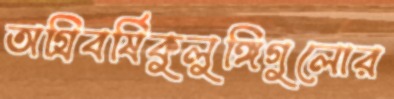
অগ্রিবর্ষিকুলুঙ্গিগুলোর